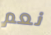
نعم